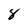
Character: 8